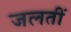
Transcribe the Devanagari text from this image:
जलतीं